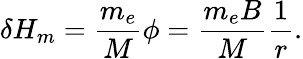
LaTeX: \delta H_{m}=\frac{m_{e}}{M}\phi=\frac{m_{e}B}{M}\frac{1}{r}.